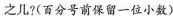
之几?(百分号前保留一位小数)